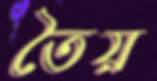
তৈয়